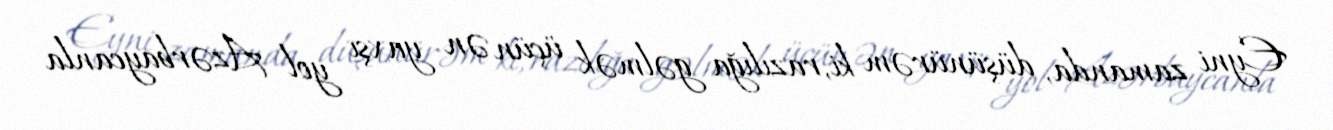
Eyni zamanda, düşünürəm ki, razılığa gəlmək üçün ən yaxşı yol Azərbaycanla